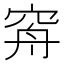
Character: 𥥳